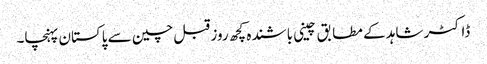
ڈاکٹر شاہد کے مطا بق چینی باشندہ کچھ روز قبل چین سے پاکستان پہنچا۔